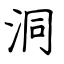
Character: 洞